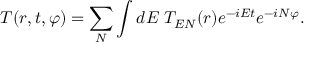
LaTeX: T ( r , t , \varphi ) = \sum _ { N } \int d E \; T _ { E N } ( r ) e ^ { - i E t } e ^ { - i N \varphi } .